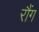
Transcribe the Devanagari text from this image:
रौंग